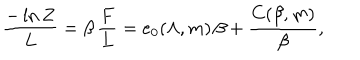
{ \frac { - \ln Z } { L } } = \beta \, { \frac { F } { L } } = e _ { 0 } ( \Lambda , m ) \, \beta + { \frac { C ( \beta , m ) } { \beta } } ,